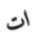
ات